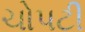
ચોપટી